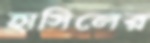
হাসিলের